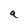
Character: a